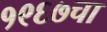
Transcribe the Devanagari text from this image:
१९६७चा